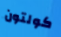
كولتون